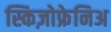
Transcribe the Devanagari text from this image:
स्किज़ोफ्रेनिअ